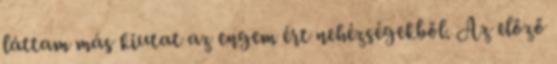
láttam más kiutat az engem ért nehézségekből. Az előző